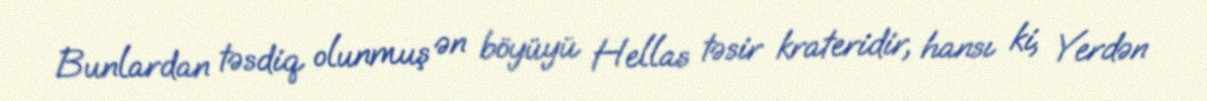
Bunlardan təsdiq olunmuş ən böyüyü Hellas təsir krateridir, hansı ki, Yerdən